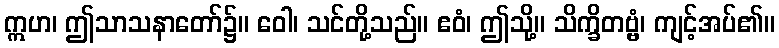
ဣဟ၊ ဤသာသနာတော်၌။ ဝေါ၊ သင်တို့သည်။ ဧဝံ၊ ဤသို့။ သိက္ခိတဗ္ဗံ၊ ကျင့်အပ်၏။